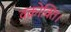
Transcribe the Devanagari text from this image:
वक्रोक्ति।